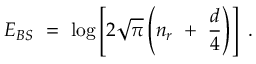
E _ { B S } \ = \ \log \left[ 2 \sqrt { \pi } \left( n _ { r } \ + \ \frac { d } { 4 } \right) \right] \ .